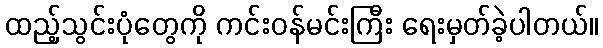
ထည့်သွင်းပုံတွေကို ကင်းဝန်မင်းကြီး ရေးမှတ်ခဲ့ပါတယ်။